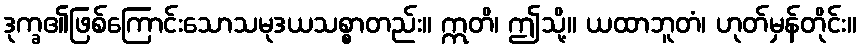
ဒုက္ခ၏ဖြစ်ကြောင်းသောသမုဒယသစ္စာတည်း။ ဣတိ၊ ဤသို့။ ယထာဘူတံ၊ ဟုတ်မှန်တိုင်း။